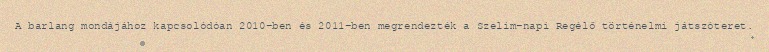
A barlang mondájához kapcsolódóan 2010-ben és 2011-ben megrendezték a Szelim-napi Regélő történelmi játszóteret.